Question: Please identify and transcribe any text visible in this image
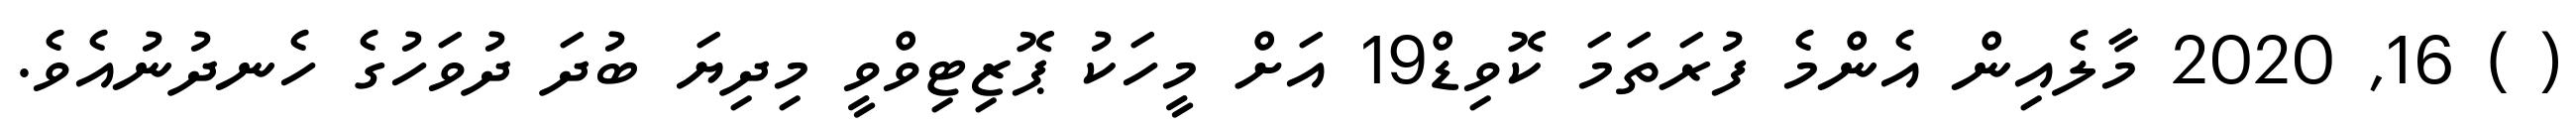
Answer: ( ) 16, 2020 މާލެއިން އެންމެ ފުރަތަމަ ކޮވިޑް19 އަށް މީހަކު ޕޮޒިޓިވްވީ މިދިޔަ ބުދަ ދުވަހުގެ ހެނދުނުއެވެ.